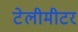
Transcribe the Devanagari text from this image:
टेलीमीटर